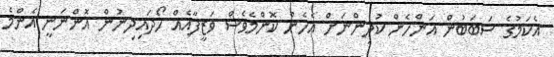
އެކަމުގެ ސަބަބުން އަންހެން ކުދިންނަށް އެހެން ކޮންމެވެސް ވަޒީފާއެއް ހޯދައިދިނުން އޮންނަނީ އެންމެ